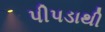
પીપડાથી